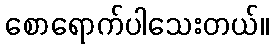
စောရောက်ပါသေးတယ်။